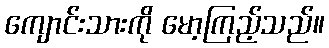
ကျောင်းသားကို မော့ကြည့်သည်။